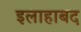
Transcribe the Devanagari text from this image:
इलाहाबद